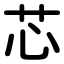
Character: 芯